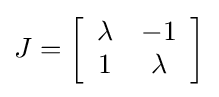
J=\left[{\begin{array}{cc}\lambda &-1\\1&\lambda \end{array}}\right]